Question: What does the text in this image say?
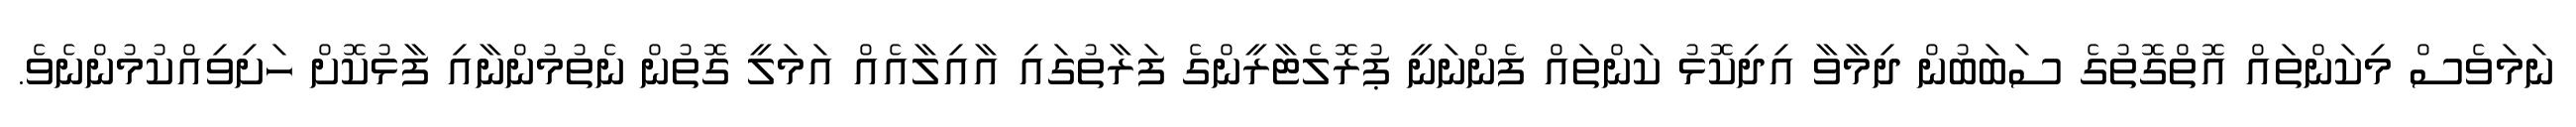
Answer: ނަމަވެސް މިކަންތައް އޮތްގޮތުގެ ސަބަބުން ދިމާވާ އިދިކޮޅު ކަންތައް ފެންނަނީ ޕުރޮލެޓާރީންގެ ފަރާތުގައި އާއިލާއެއް އަމަލީ ގޮތުން ނެތުމުންނާއި ފާޅުކޮށް ހަށިވިއްކުމުންނެވެ.